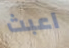
اعبث